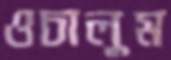
ওচালুম